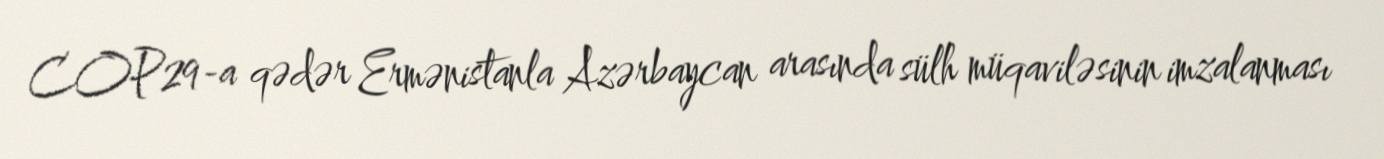
COP29-a qədər Ermənistanla Azərbaycan arasında sülh müqaviləsinin imzalanması